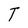
Character: T